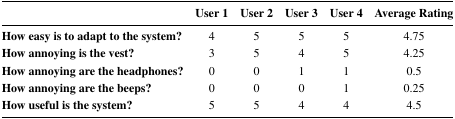
|  | User 1 | User 2 | User 3 | User 4 | Average Rating |
 | --- | --- | --- | --- | --- | --- |
 | How easy is to adapt to the system? | 4 | 5 | 5 | 5 | 4.75 |
 | How annoying is the vest? | 3 | 5 | 4 | 5 | 4.25 |
 | How annoying are the headphones? | 0 | 0 | 1 | 1 | 0.5 |
 | How annoying are the beeps? | 0 | 0 | 0 | 1 | 0.25 |
 | How useful is the system? | 5 | 5 | 4 | 4 | 4.5 |